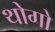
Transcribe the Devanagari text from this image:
थोगो